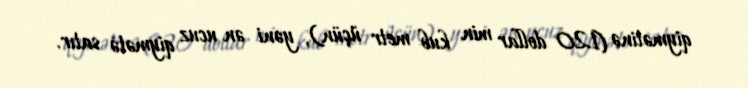
qiymətinə (120 dollar min kub metr üçün), yəni ən ucuz qiymətə satır.